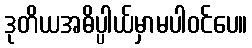
ဒုတိယအဓိပ္ပါယ်မှာမပါဝင်ပေ။